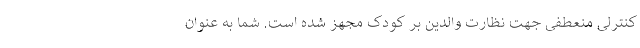
کنترلی منعطفی جهت نظارت والدین بر کودک مجهز شده است. شما به عنوان